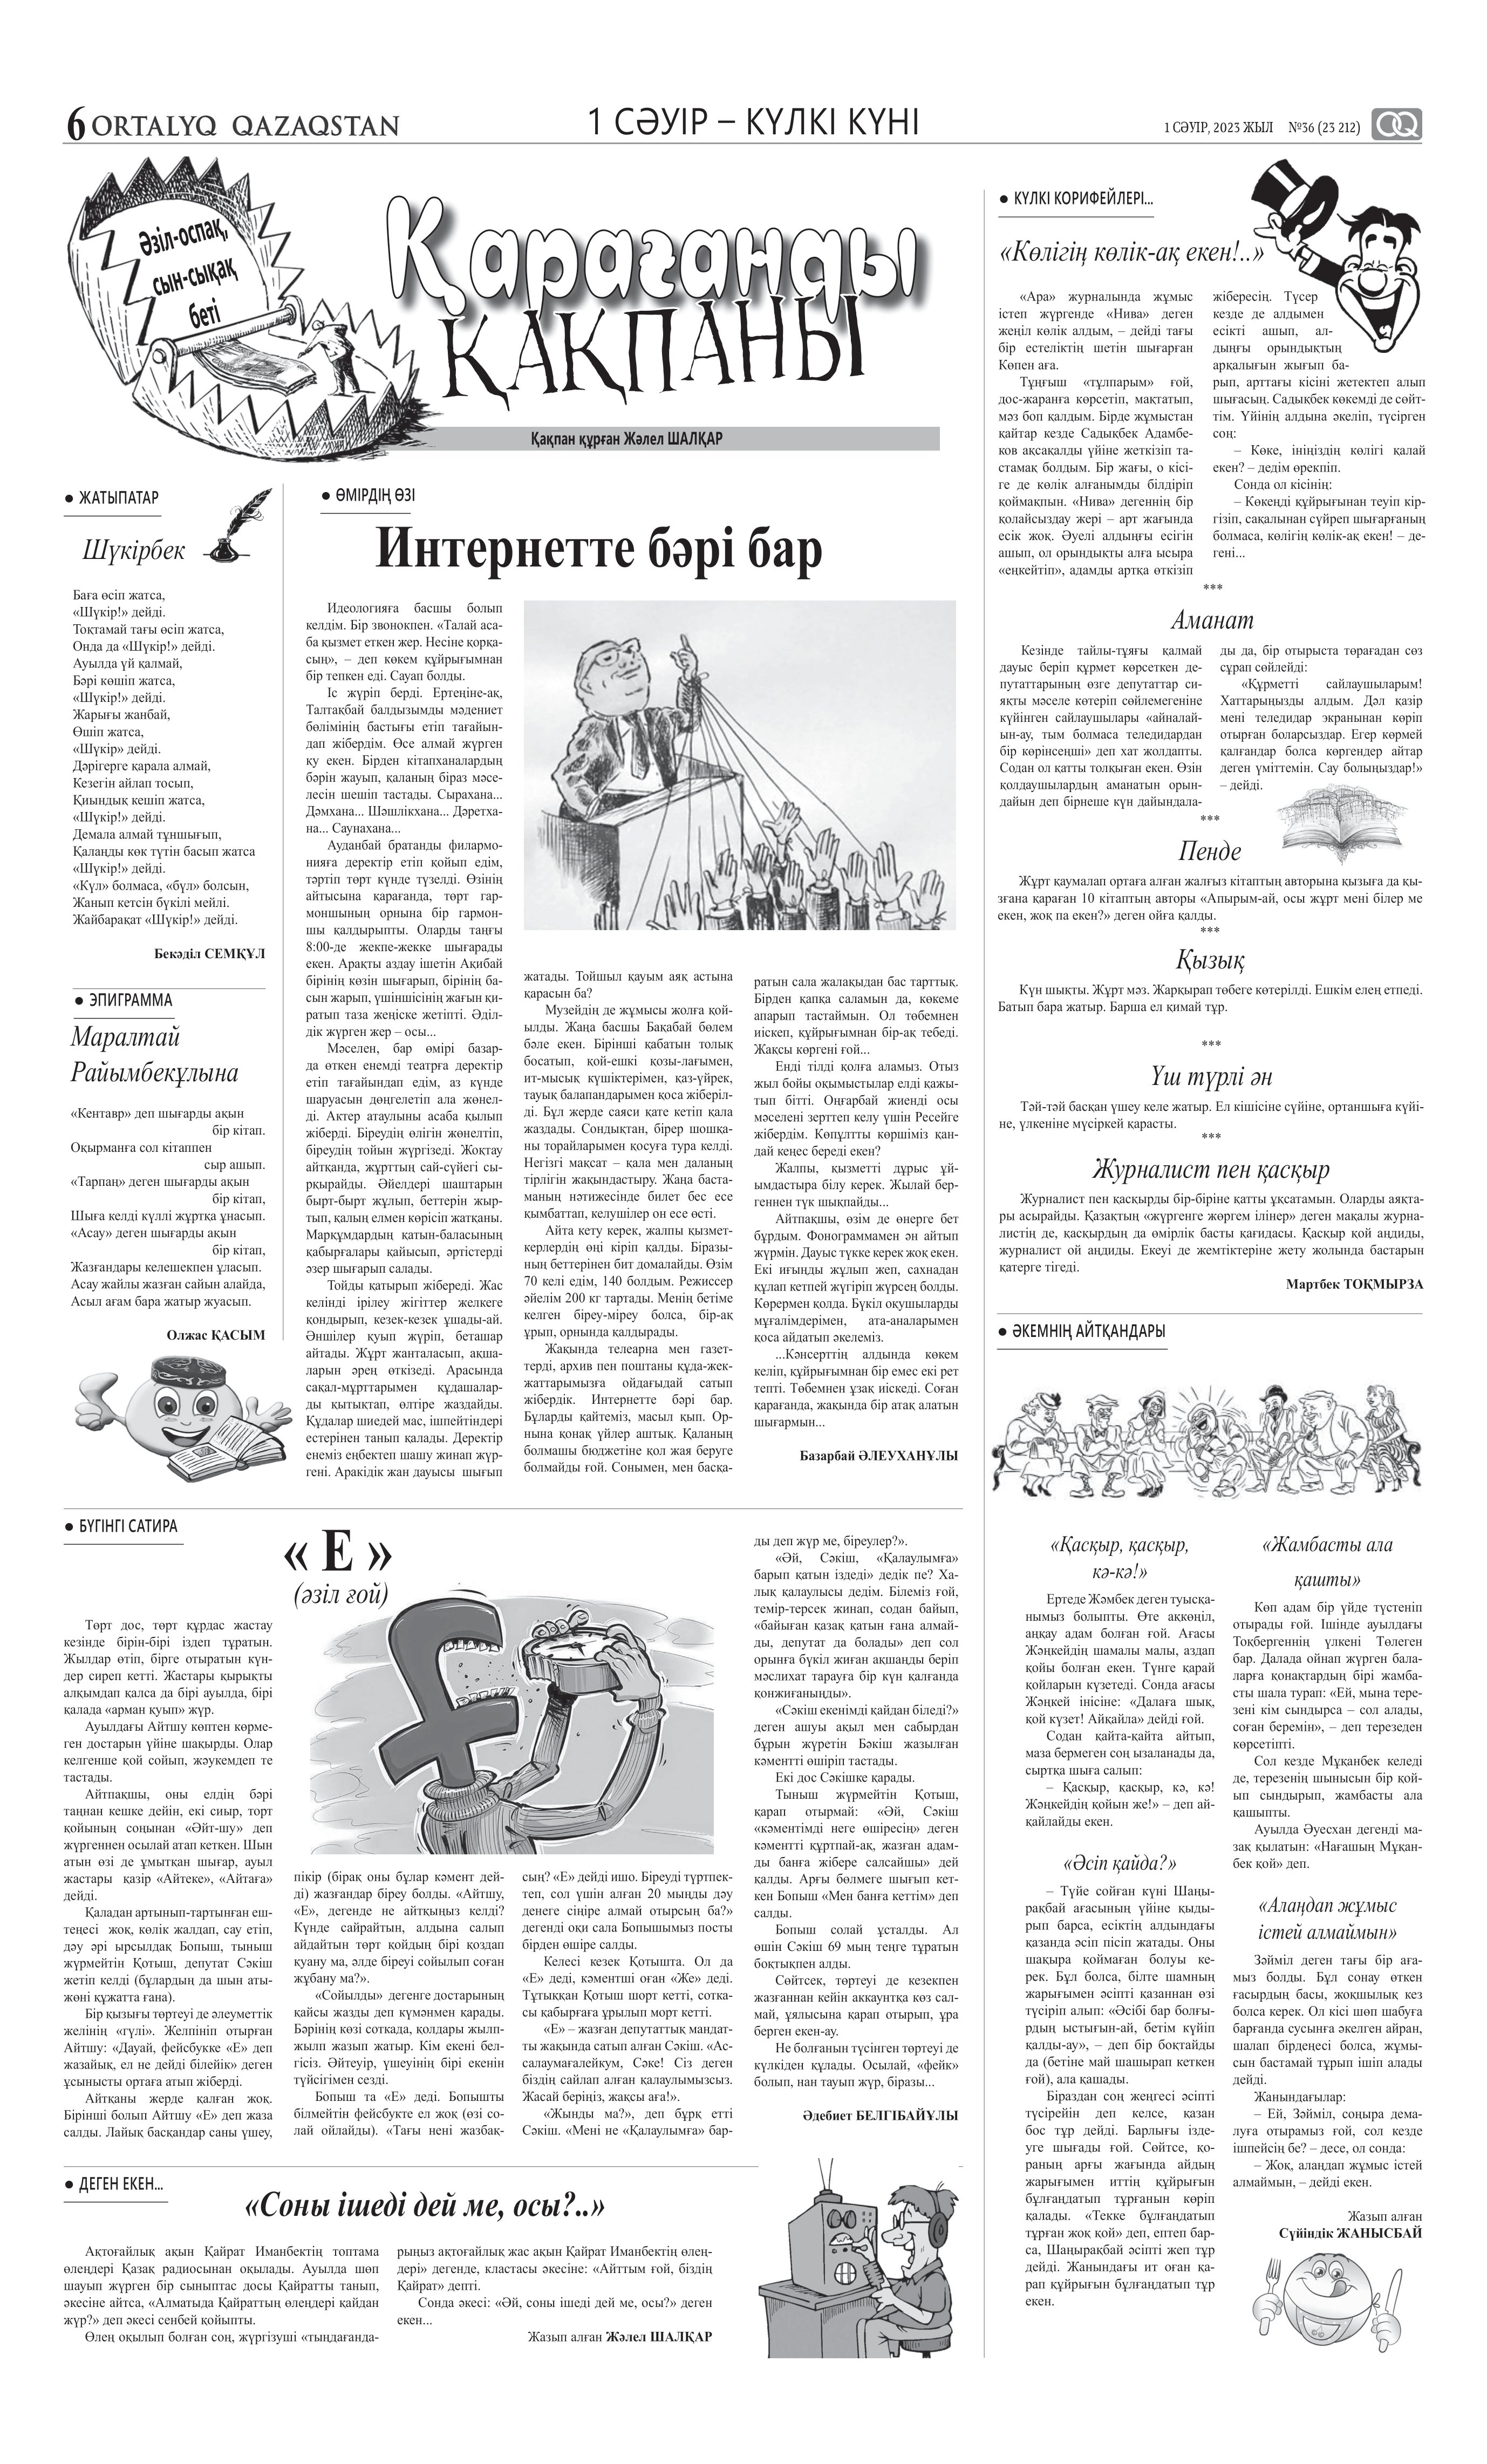
Language: kk